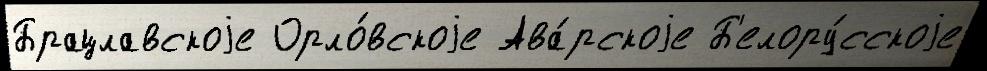
Брацлавскоjе Орло́вскоjе Ава́рскоjе Б'елору́сскоjе